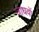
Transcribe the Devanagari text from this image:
जाधवों